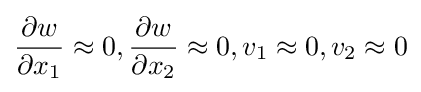
{\begin{aligned}{\frac {\partial w}{\partial x_{1}}}\approx 0,{\frac {\partial w}{\partial x_{2}}}\approx 0,v_{1}\approx 0,v_{2}\approx 0\end{aligned}}